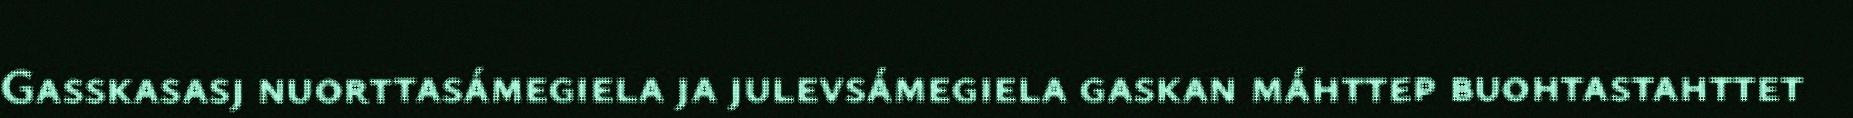
Gasskasasj nuorttasámegiela ja julevsámegiela gaskan máhttep buohtastahttet